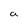
Character: a